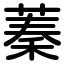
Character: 蓁